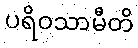
ပရိဝသာမီတိ